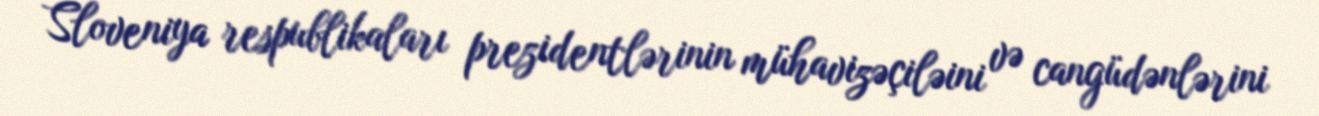
Sloveniya respublikaları prezidentlərinin mühavizəçiləini və cangüdənlərini